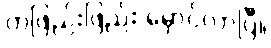
တဖြည်းဖြည်း မှောင်လာပြီ။